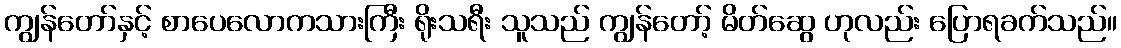
ကျွန်တော်နှင့် စာပေလောကသားကြီး ရိုးသရီး သူသည် ကျွန်တော့် မိတ်ဆွေ ဟုလည်း ပြောရခက်သည်။